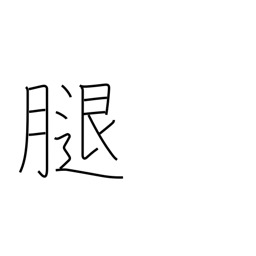
Meaning: femur